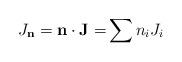
LaTeX: \begin{align*}J_{\mathbf{n}}=\mathbf{n\cdot J=}\sum n_{i}J_{i}\end{align*}